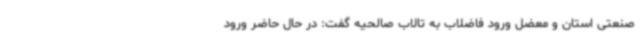
صنعتی استان و معضل ورود فاضلاب به تالاب صالحیه گفت: در حال حاضر ورود